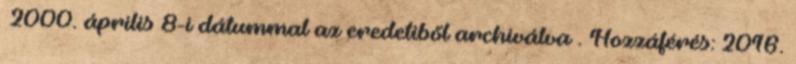
2000. április 8-i dátummal az eredetiből archiválva . Hozzáférés: 2016.